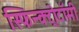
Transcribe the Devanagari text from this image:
स्फिन्क्ट्रोटॉमी